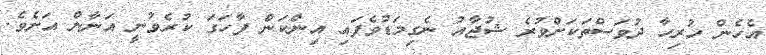
އެހެން ހުރިހާ ދުވަސްތަކަށްވުރެ ޝުޖާއު ނެގިމަޑުވެފައި އިންކަން ފާހަގަ ކުރެވުނީ އަނާން އަށެވެ.